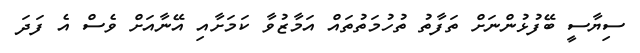
ސިޔާސީ ބޭފުޅުންނަށް ތަފާތު ތުހުމަތުތައް އަމާޒުވާ ކަމަށާއި އޭނާއަށް ވެސް އެ ފަދަ